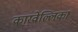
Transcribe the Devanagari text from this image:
कारवेल्लिका